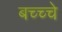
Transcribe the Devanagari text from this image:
बच्च्चे